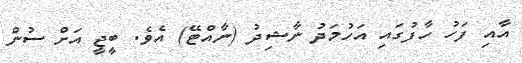
އާއި ފަހު ހާފުގައި އަހުމަދު ނާޝިދު (ނާއްޓޭ) އެވެ. ބީޖީ އަށް ސުން